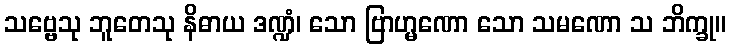
သဗ္ဗေသု ဘူတေသု နိဓာယ ဒဏ္ဍံ၊ သော ဗြာဟ္မဏော သော သမဏော သ ဘိက္ခု။